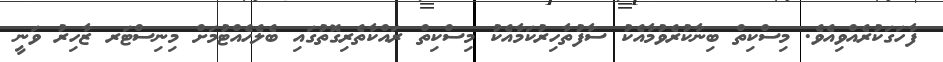
ފާހަގަކުރެއްވިއެވެ. މިސްކިތް ބިނާކުރެވުމާއެކު ސާފުތާހިރުކަމާއެކު މިސްކިތް ރައްކާތެރިގޮތުގައި ބެލެހެއްޓުމަށް މިނިސްޓަރ ޒާހިރު ވަނީ